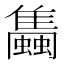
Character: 𧔰